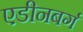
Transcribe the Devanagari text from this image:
एडीनबर्ग